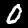
Digit: 0